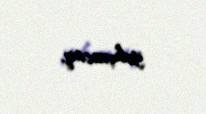
yoluxacaq.